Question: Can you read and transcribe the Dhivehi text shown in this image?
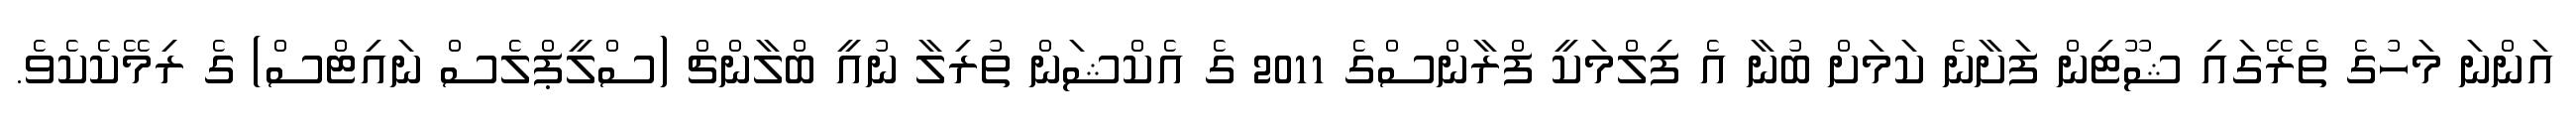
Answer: އަންނަ މަހުގެ ތެރޭގައި ޝޫޓިން ފަށާނެ ކަމަށް ބުނާ އެ ފިލްމަކީ ފްރާންސްގެ 2011 ގެ އެކްޝަން ތުރިލާ ނުއީ ބްލާންޗް (ސްލީޕްލެސް ނައިޓްސް) ގެ ރިމޭކެކެވެ.